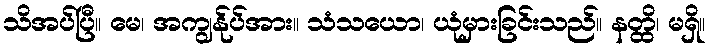
သိအပ်ပြီ။ မေ၊ အကျွန်ုပ်အား။ သံသယော၊ ယုံမှားခြင်းသည်။ နတ္ထိ၊ မရှိ။